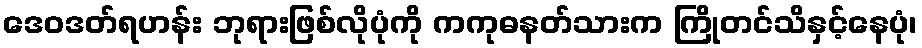
ဒေဝဒတ်ရဟန်း ဘုရားဖြစ်လိုပုံကို ကကုဓနတ်သားက ကြိုတင်သိနှင့်နေပုံ၊